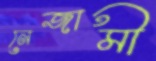
নেজামী